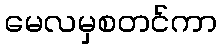
မေလမှစတင်ကာ